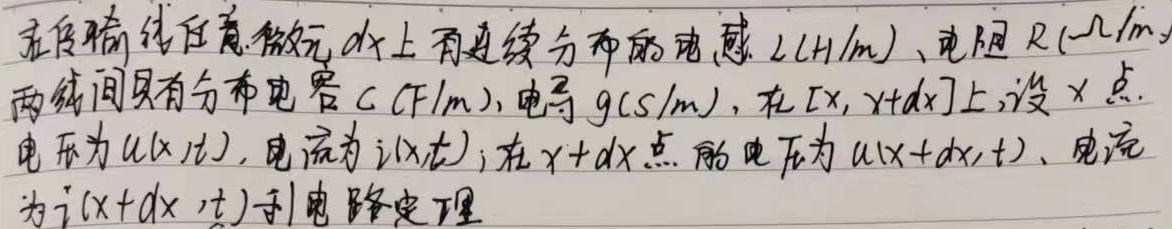
在传输线任意微元\(dx\)上有连续分布的电感\(L(H/m)\)、电阻\(R(\Omega/m)\)，两线间具有分布电容\(C(F/m)\)，电导\(g(S/m)\)。在\([x,x + dx]\)上，设\(x\)点电压为\(u(x,t)\)，电流为\(i(x,t)\)；在\(x + dx\)点的电压为\(u(x + dx,t)\)、电流为\(i(x + dx,t)\)。利用电路定理